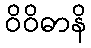
ဝိဝိဓာနိ